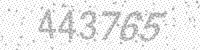
Solution: 443765